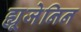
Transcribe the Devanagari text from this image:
ह्यूजेनिन